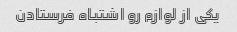
یکی از لوازم رو اشتباه فرستادن